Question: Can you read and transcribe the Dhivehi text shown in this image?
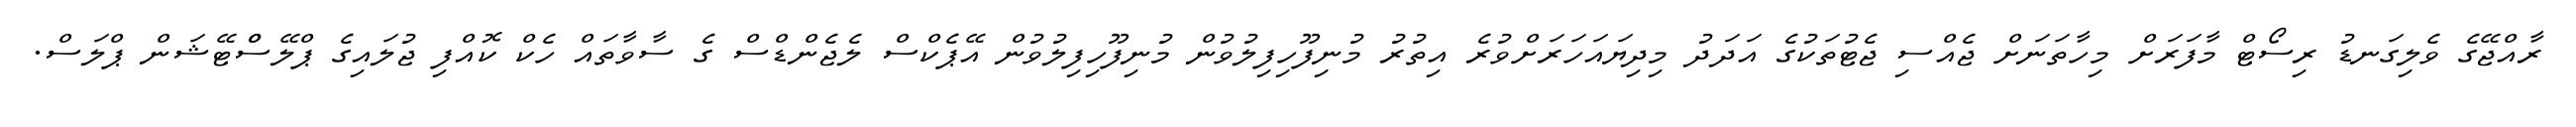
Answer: ރާއްޖޭގެ ވެލިގަނޑު ރިސޯޓް މާފަރަށް މިހާތަނަށް ޖެއްސި ޖެޓުތަކުގެ އަދަދު މިދިޔައަހަރަށްވުރެ އިތުރު މުނިފޫހިފިލުވުން މުނިފޫހިފިލުވުން އޭޕެކްސް ލެޖެންޑްސް ގެ ސާވާތައް ހެކް ކޮއްފި ޖުލައިގެ ޕްލޭސްްޓޭޝަން ޕްލަސް.